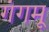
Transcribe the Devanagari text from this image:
गंगमू